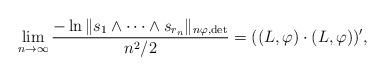
LaTeX: \begin{align*}\lim_{n\to\infty} \frac{-\ln \| s_1 \wedge \cdots \wedge s_{r_n} \|_{n\varphi, \det}}{n^2/2} = ((L, \varphi) \cdot (L, \varphi))',\end{align*}